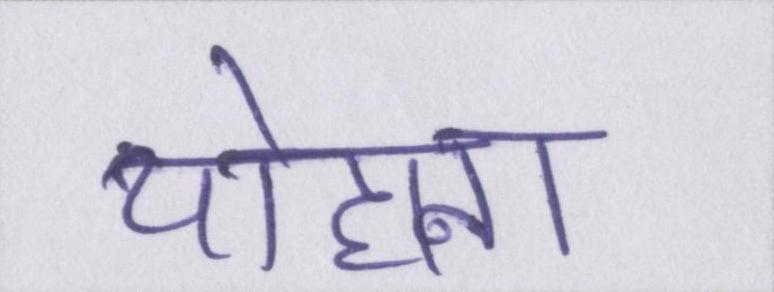
योहाना